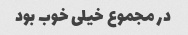
در مجموع خیلی خوب بود